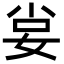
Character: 𡜛